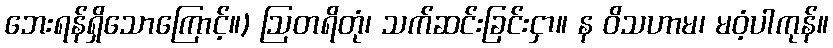
ဘေးရန်ရှိသောကြောင့်။) ဩတရိတုံ၊ သက်ဆင်းခြင်းငှာ။ န ဝိသဟာမ၊ မဝံ့ပါကုန်။